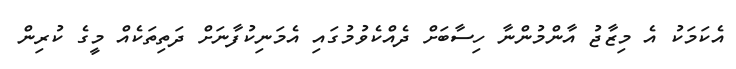
އެކަމަކު އެ މިޒާޖު އާންމުންނާ ހިސާބަށް ދެއްކެވުމުގައި އެމަނިކުފާނަށް ދަތިތަކެއް މީގެ ކުރިން